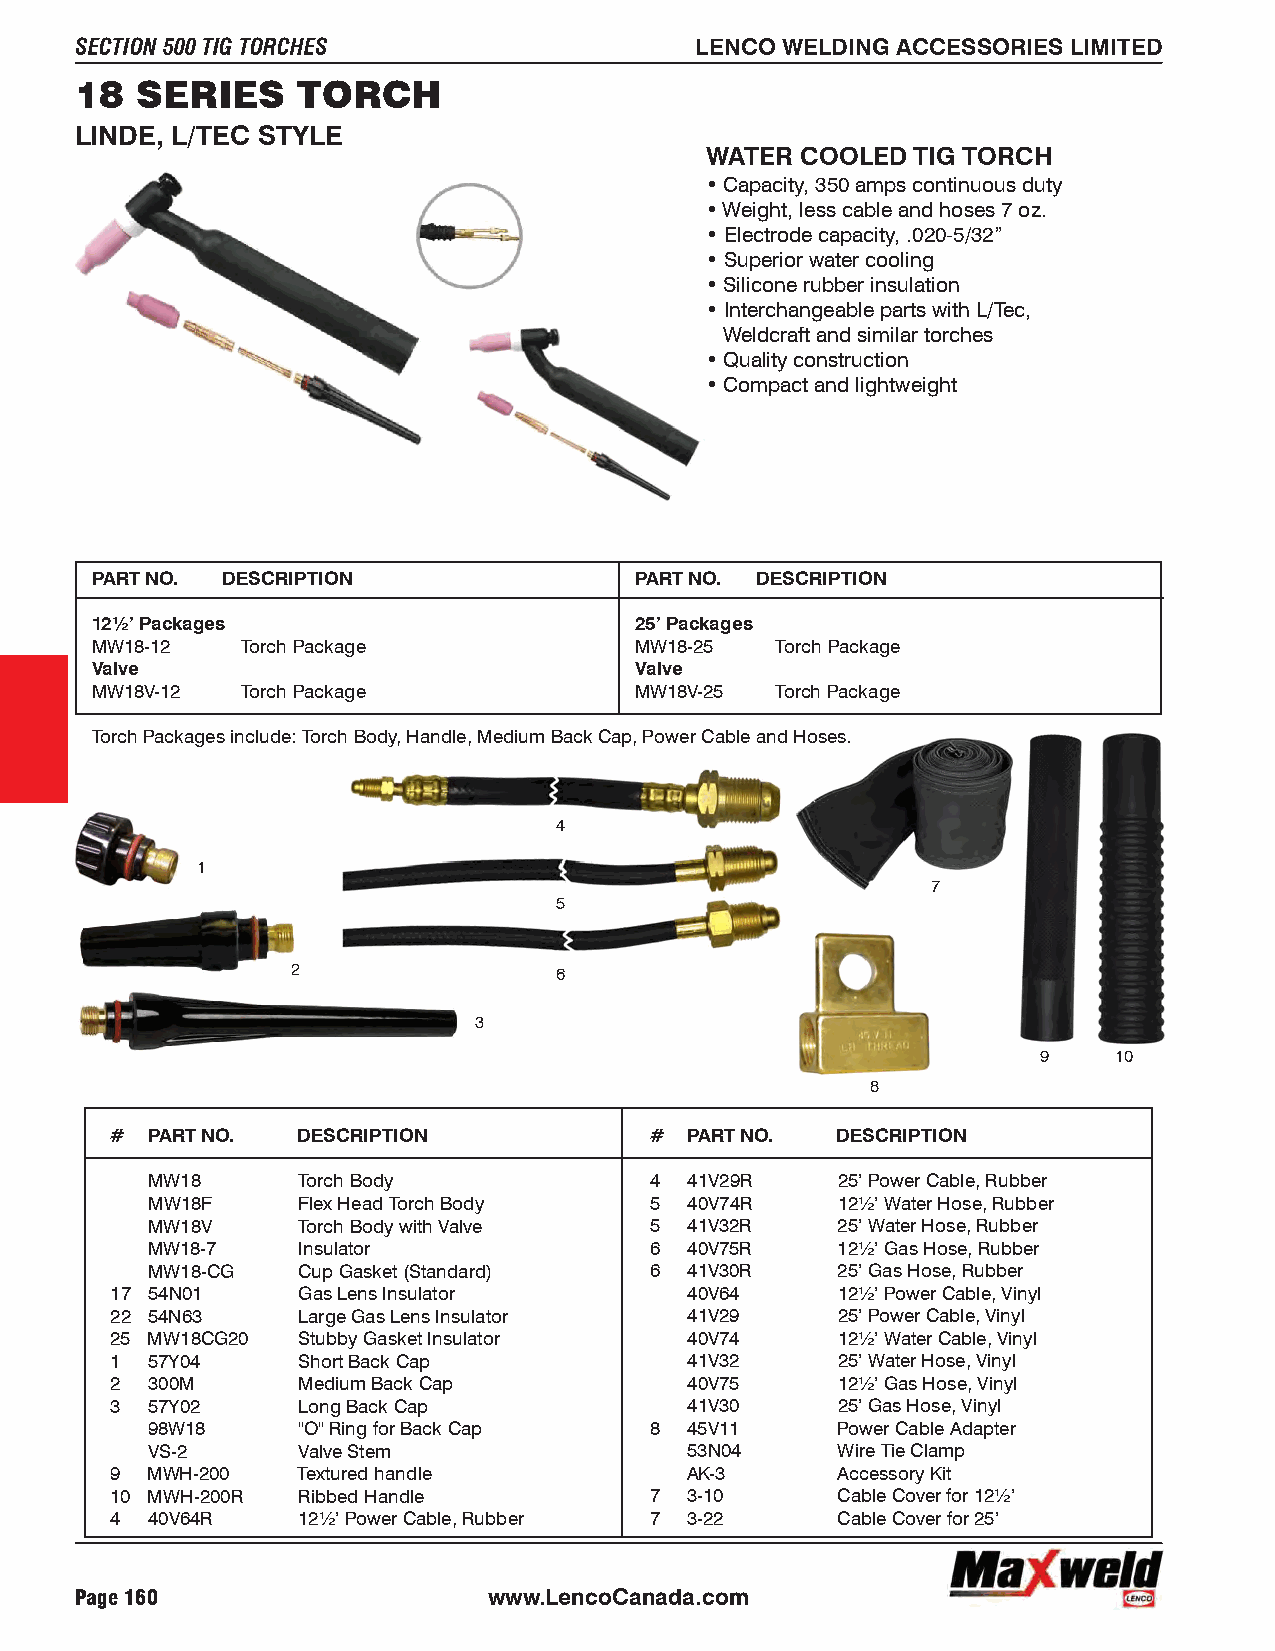
SECTION 500 TIG TORCHES                  LENCO WELDING ACCESSORIES LIMITED
 18  SERIES     TORCH
 LINDE, L/TEC STYLE
 WATER COOLED  TIG TORCH
 • Capacity, 350 amps continuous duty
 • Weight, less cable and hoses 7 oz.
 • Electrode capacity, .020-5/32”
 • Superior water cooling
 • Silicone rubber insulation
 • Interchangeable parts with L/Tec,
 Weldcraft and similar torches
 • Quality construction
 • Compact and lightweight
 PART NO. DESCRIPTION                PART NO. DESCRIPTION
 12½’ Packages                       25’ Packages
 MW18-12   Torch Package             MW18-25  Torch Package
 Valve                               Valve
 MW18V-12  Torch Package             MW18V-25 Torch Package
 Torch Packages include: Torch Body, Handle, Medium Back Cap, Power Cable and Hoses.
 4
 1
 7
 5
 2                 6
 3
 9    10
 8
 #  PART NO.  DESCRIPTION            #  PART NO. DESCRIPTION
 MW18      Torch Body             4  41V29R   25’ Power Cable, Rubber
 MW18F     Flex Head Torch Body   5  40V74R   12½’ Water Hose, Rubber
 MW18V     Torch Body with Valve  5  41V32R   25’ Water Hose, Rubber
 MW18-7    Insulator              6  40V75R   12½’ Gas Hose, Rubber
 MW18-CG   Cup Gasket (Standard)  6  41V30R   25’ Gas Hose, Rubber
 17 54N01     Gas Lens Insulator        40V64    12½’ Power Cable, Vinyl
 22 54N63     Large Gas Lens Insulator  41V29    25’ Power Cable, Vinyl
 25 MW18CG20  Stubby Gasket Insulator   40V74    12½’ Water Cable, Vinyl
 1  57Y04     Short Back Cap            41V32    25’ Water Hose, Vinyl
 2  300M      Medium Back Cap           40V75    12½’ Gas Hose, Vinyl
 3  57Y02     Long Back Cap             41V30    25’ Gas Hose, Vinyl
 98W18     "O" Ring for Back Cap  8  45V11    Power Cable Adapter
 VS-2      Valve Stem                53N04    Wire Tie Clamp
 9  MWH-200   Textured handle           AK-3     Accessory Kit
 10 MWH-200R  Ribbed Handle          7  3-10     Cable Cover for 12½’
 4  40V64R    12½’ Power Cable, Rubber 7 3-22    Cable Cover for 25’
 Page 160                   www.LencoCanada.com